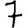
Digit: 7